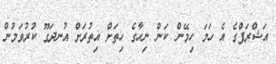
އަޝްރަފްގެ އެ ހަމަ ހިމޭން ކަން ނިހާގެ ހިތަށް އިތުރަށް އުނދަގޫ ކުރުވަމުން